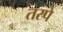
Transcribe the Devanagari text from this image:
तरपे